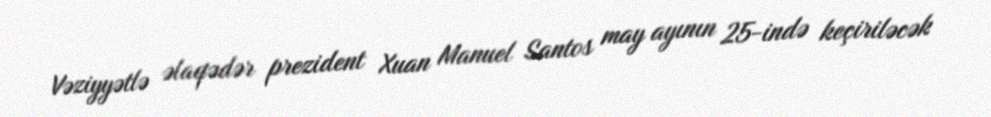
Vəziyyətlə əlaqədər prezident Xuan Manuel Santos may ayının 25-ində keçiriləcək